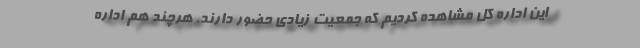
این اداره کل مشاهده کردیم که جمعیت زیادی حضور دارند. هرچند هم اداره